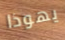
يهوذا